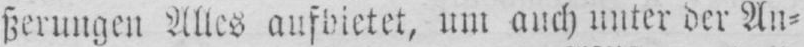
ßerungen Alles aufbietet, um auch unter der An⸗